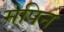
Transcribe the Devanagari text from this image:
मेपिन